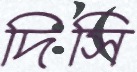
দিসি